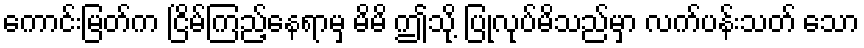
ကောင်းမြတ်က ငြိမ်ကြည့်နေရာမှ မိမိ ဤသို့ ပြုလုပ်မိသည်မှာ လက်ပန်းသတ် သော